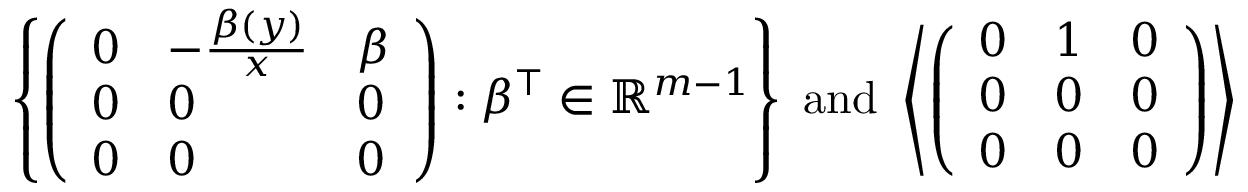
\left\{ \left( \begin{array} { l l l } { 0 } & { - \frac { \beta ( y ) } { x } } & { \beta } \\ { 0 } & { 0 } & { 0 } \\ { 0 } & { 0 } & { 0 } \end{array} \right) : \beta ^ { \top } \in \mathbb { R } ^ { m - 1 } \right\} \mathrm { ~ a n d ~ } \left\langle \left( \begin{array} { l l l } { 0 } & { 1 } & { 0 } \\ { 0 } & { 0 } & { 0 } \\ { 0 } & { 0 } & { 0 } \end{array} \right) \right\rangle